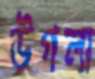
উগলা